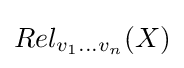
Rel_{v_{1}\dots v_{n}}(X)